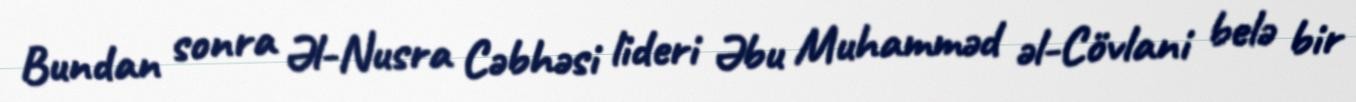
Bundan sonra Əl-Nusra Cəbhəsi lideri Əbu Muhamməd əl-Cövlani belə bir